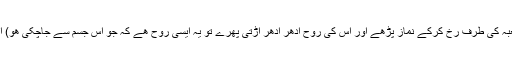
مسٹر کارل کھتا ھے کہ انسان کی روح اللہ کی طرف پرواز کرتی ھے (بیشک اگر کوئی نمازی کعبہ کی طرف رخ کرکے نماز پڑھے اور اس کی روح ادھر ادھر اڑتی پھرے تو یہ ایسی روح ھے کہ جو اس جسم سے جاچکی ھو) انسان جب سید سجاد (ع) کے سجدوں، کو دیکھتا ھے تو بے ساختہ کھہ اٹھتا ھے کہ اسلام کیا ھے؟